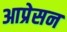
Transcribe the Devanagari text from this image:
आप्रेसन